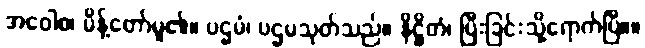
အဝေါစ၊ မိန့်တော်မူ၏။ ပဌမံ၊ ပဌမသုတ်သည်။ နိဋ္ဌိတံ၊ ပြီးခြင်းသို့ရောက်ပြီ။။